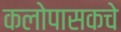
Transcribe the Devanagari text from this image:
कलोपासकचे